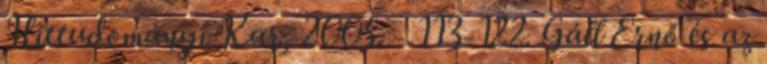
Hittudományi Kar, 2005. - 113-122. Gáll Ernő és az